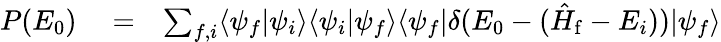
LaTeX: \begin{array}{rlr}{P(E_{0})}&{{}=}&{\sum_{f,i}\langle\psi_{f}|\psi_{i}\rangle\langle\psi_{i}|\psi_{f}\rangle\langle\psi_{f}|\delta(E_{0}-(\hat{H}_{\mathrm{f}}-E_{i}))|\psi_{f}\rangle}\end{array}